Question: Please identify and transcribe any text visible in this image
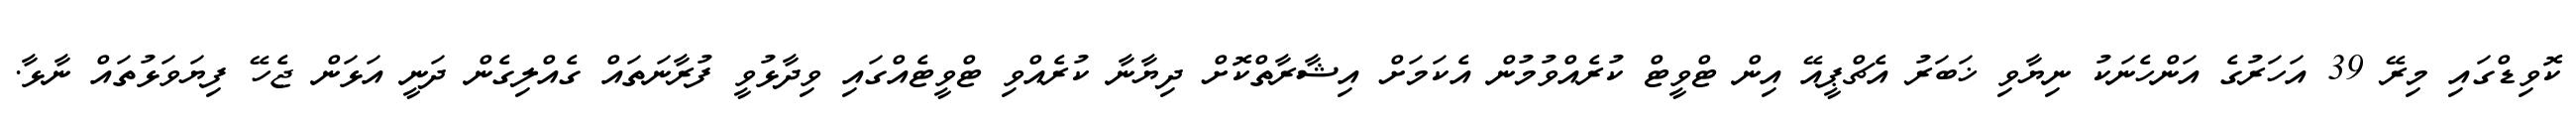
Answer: ކޮވިޑްގައި މިރޭ 39 އަހަރުގެ އަންހެނަކު ނިޔާވި ޚަބަރު އެޗްޕީއޭ އިން ޓްވީޓް ކުރެއްވުމުން އެކަމަށް އިޝާރާތްކޮށް ދިޔާނާ ކުރެއްވި ޓްވީޓެއްގައި ވިދާޅުވީ ފުރާނަތައް ގެއްލިގެން ދަނީ އަޅަން ޖެހޭ ފިޔަވަޅުތައް ނާޅާ.